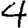
Digit: 4